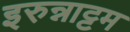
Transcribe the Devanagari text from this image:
इरुन्नाट्टम